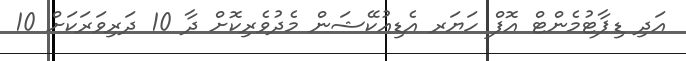
އަދި ޑިޕާޓުމެންޓް އޮފް ހަޔަރ އެޑިއުކޭޝަން މެދުވެރިކޮށް ދާ 10 ދަރިވަރަކަށް 10